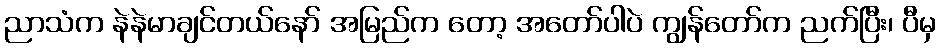
ညာသံက နဲနဲမာချင်တယ်နော် အမြည်က တော့ အတော်ပါပဲ ကျွန်တော်က ညက်ပြီး၊ ပီမှ